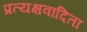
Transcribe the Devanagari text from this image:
प्रत्यक्षवादिता